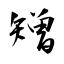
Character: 矰